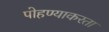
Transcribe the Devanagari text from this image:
पोहण्याकरता